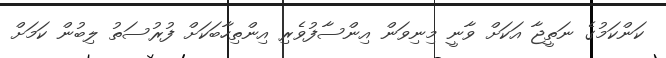
ކަންކަމުގެ ނަތީޖާ އަކަށް ވާނީ މިނިވަން އިންސާފުވެރި އިންތިހާބަކަށް ފުރުސަތު ލިބުން ކަމަށް